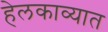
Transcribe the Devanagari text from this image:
हेलकाव्यात